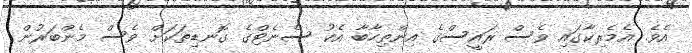
އެވެ. އެމެރިކާގައި ވެސް ރައީސްގެ އިންތިހާބާ އެކު ސެނެޓްގެ ގޮނޑިތަކަށް ވެސް މެންބަރުން